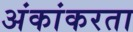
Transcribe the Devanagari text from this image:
अंकांकरता